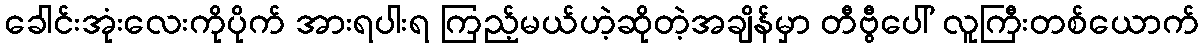
ခေါင်းအုံးလေးကိုပိုက် အားရပါးရ ကြည့်မယ်ဟဲ့ဆိုတဲ့အချိန်မှာ တီဗွီပေါ် လူကြီးတစ်ယောက်